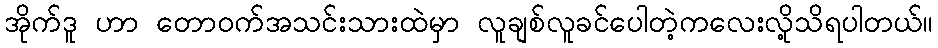
အိုက်ဒူ ဟာ တောဝက်အသင်းသားထဲမှာ လူချစ်လူခင်ပေါတဲ့ကလေးလို့သိရပါတယ်။